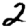
Digit: 2